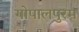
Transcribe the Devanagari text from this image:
गोपालपुरम